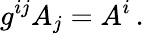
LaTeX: g^{ij}A_{j}=A^{i}\, .